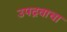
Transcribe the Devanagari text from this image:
उपद्रवाचा